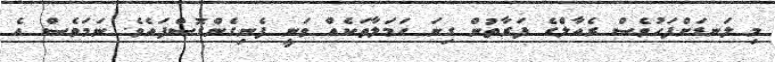
މި ލަނޑަށްފަހުވެސް ރެއާލްގެ ފަރާތުން ގިނަ ހަމަލާތަކެއް ވަނީ ފެނިގެންގޮސްފައެވެ. ނަމަވެސް އެ